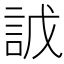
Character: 䛋